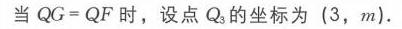
当\(QG = QF\)时，设点\(Q_{3}\)的坐标为\((3,m)\).